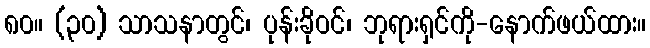
၈၀။ (၃၀) သာသနာတွင်၊ ပုန်းခိုဝင်၊ ဘုရားရှင်ကို-နောက်ဖယ်ထား။